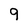
Character: 9